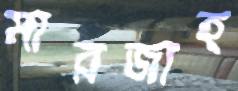
মারজাহ